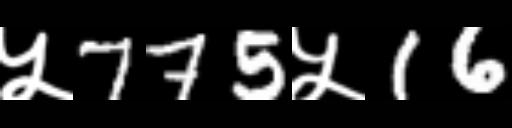
Text: ५775५16